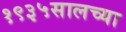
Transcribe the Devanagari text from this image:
१९३५सालच्या